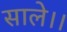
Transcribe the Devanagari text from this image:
साले।।